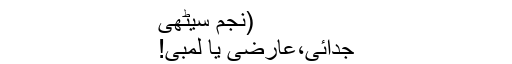
(نجم سیٹھی
جدائی،عارضی یا لمبی!